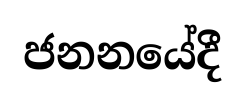
ජනනයේදී